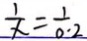
\frac { 1 } { x } = \frac { 1 } { 0 . 2 }